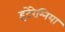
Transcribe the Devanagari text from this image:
इंटेरेम्निया